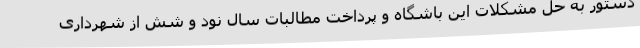
دستور به حل مشکلات این باشگاه و پرداخت مطالبات سال نود و شش از شهرداری